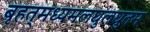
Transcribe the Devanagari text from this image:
बृहत्‌मध्यमलघुलघुतम